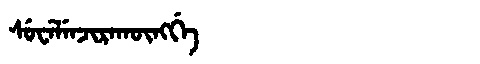
Manchu: ᠰᡠᠸᡝᠯᡝᠨᠵᡳᡵᠠᡴᡡᠩᡤᡝ
Romanization: SUWELENJIRAKŪNGGE